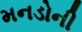
મનડોની